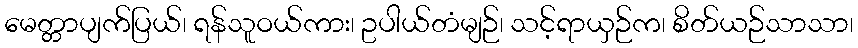
မေတ္တာပျက်ပြယ်၊ ရန်သူဝယ်ကား၊ ဥပါယ်တံမျဉ်၊ သင့်ရာယှဉ်က၊ စိတ်ယဉ်သာသာ၊